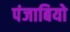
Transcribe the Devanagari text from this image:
पंजाबियो